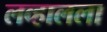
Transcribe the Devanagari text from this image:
लव्हालला